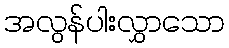
အလွန်ပါးလွှာသော